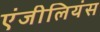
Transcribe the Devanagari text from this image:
एंजीलियंस